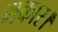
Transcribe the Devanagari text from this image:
मकार।